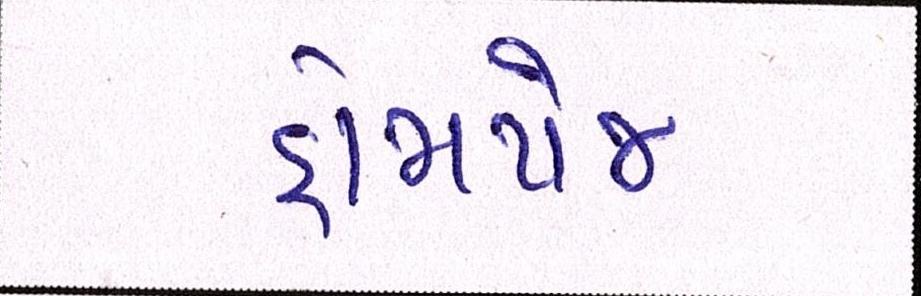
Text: હોમપેજ